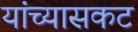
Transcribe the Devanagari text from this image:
यांच्यासकट